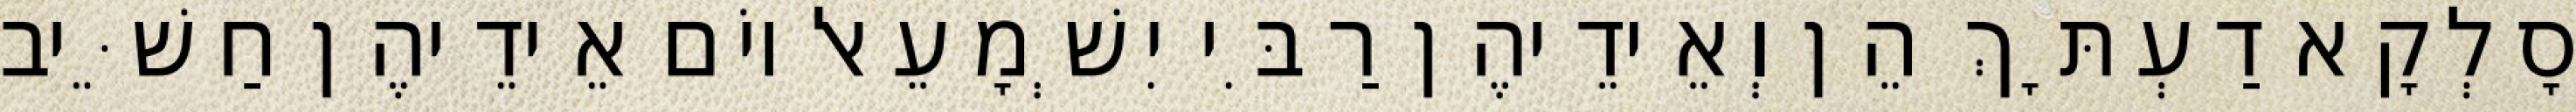
סָלְקָא דַעְתָּךְ הֵן וְאֵידֵיהֶן רַבִּי יִשְׁמָעֵאל יוֹם אֵידֵיהֶן חַשֵּׁיב